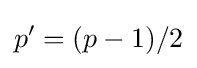
p'=(p-1)/2